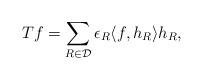
LaTeX: \begin{align*}Tf = \sum_{R \in \mathcal{D}}\epsilon_R\langle f, h_R \rangle h_R, \end{align*}